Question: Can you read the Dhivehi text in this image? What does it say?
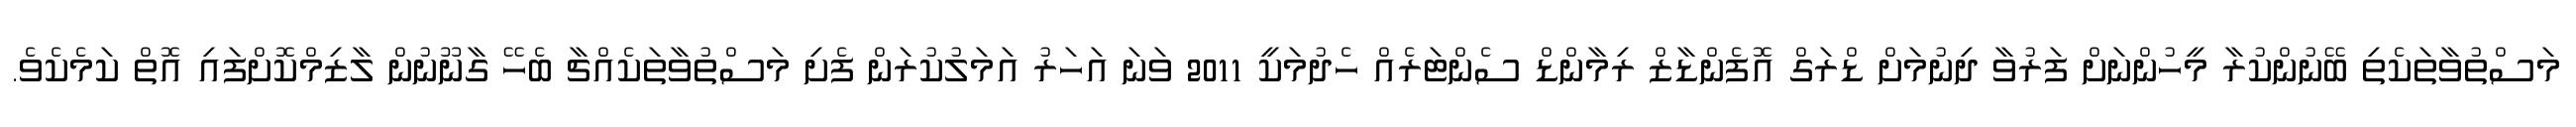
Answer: މަސްތުވާތަކެތި ބޭނުންކުރާ މީހުންނަށް ފަރުވާ ދިނުމަށް ޑްރަގް އޮފެންޑާޒް ރިމާންޑް ސެންޓަރެއް ހެދުމަކީ 2011 ވަނަ އަހަރު އަމަލުކުރަން ފެށި މަސްތުވާތަކެއްޗާ ބެހޭ ގާނޫނުން ލާޒިމްކޮށްފައި އޮތް ކަމެކެވެ.